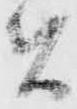
者